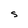
Character: S